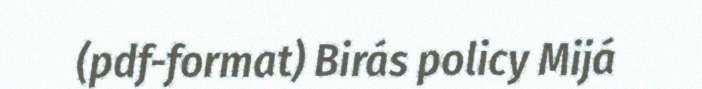
(pdf-format) Birás policy Mijá